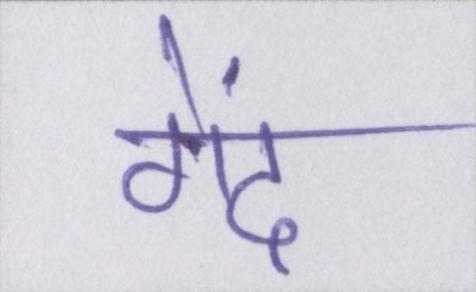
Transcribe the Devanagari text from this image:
गेंद